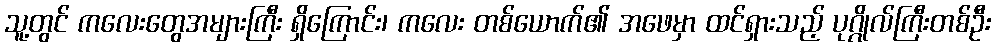
သူ့တွင် ကလေးတွေအများကြီး ရှိကြောင်း၊ ကလေး တစ်ယောက်၏ အဖေမှာ ထင်ရှားသည့် ပုဂ္ဂိုလ်ကြီးတစ်ဦး